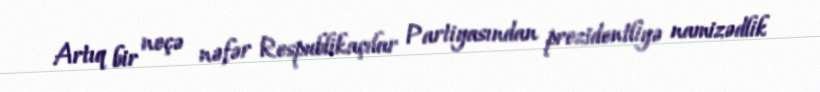
Artıq bir neçə nəfər Respublikaçılar Partiyasından prezidentliyə namizədlik